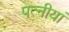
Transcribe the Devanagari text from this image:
पत्नीयां